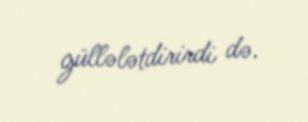
güllələtdirirdi də.